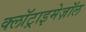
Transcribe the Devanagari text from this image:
क्लॉट्राइमेज़ॉल